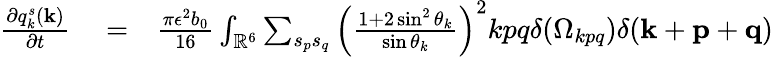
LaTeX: \begin{array}{rlr}{\frac{\partial q_{k}^{s}({\mathbf k})}{\partial t}}&{{}=}&{\frac{\pi\epsilon^{2}b_{0}}{16}\int_{{\mathbb{R}}^{6}}\sum_{s_{p}s_{q}}\left(\frac{1+2\sin^{2}\theta_{k}}{\sin\theta_{k}}\right)^{2}kpq\delta(\Omega_{kpq})\delta({\mathbf k}+{\mathbf p}+{\mathbf q})}\end{array}